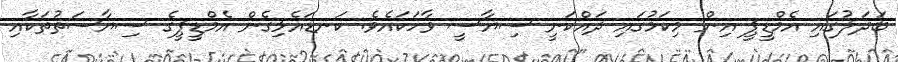
ބަދަލުގައި އެމްޑީޕީ އިން މިކަމުގައި ދައްކަނީ ސިޔާސީ ވާހަކައެވެ. ކަނޑައެޅިގެން އެމްޑީޕީގެ ސިޔާސަތުތަކާއި